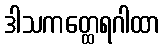
ဒါသကတ္ထေရဂါထာ